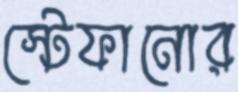
স্টেফানোর